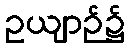
ဥယျာဉ်၌